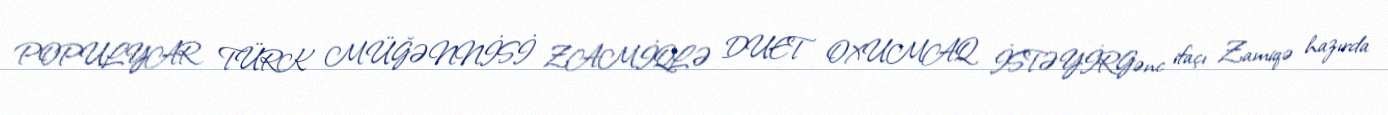
POPULYAR TÜRK MÜĞƏNNİSİ ZAMİQLƏ DUET OXUMAQ İSTƏYİRGənc ifaçı Zamiqə hazırda